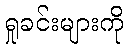
ရှုခင်းများကို